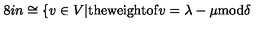
\hspace { . 8 i n } \cong \{ v \in V | \mathrm { t h e w e i g h t o f } v = \lambda - \mu \mathrm { m o d } \delta